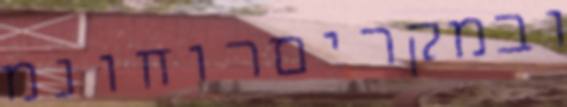
ובמקריםרוחונמ